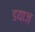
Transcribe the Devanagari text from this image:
डयाज़